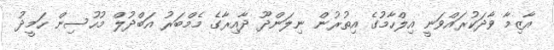
އާޒިމާ ވާދަކުރައްވަނީ އިލްހާމުގެ އިތުރުން ނިލަންދޫ ދާއިރާގެ މެމްބަރު އަބްދުލް މުހުސިން ހަމީދު